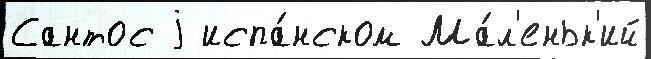
Сантос j испа́нском Ма́л'еньк'ий